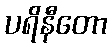
ပရိနီတော